Tezpur Lunatic Asylum reports 1895-1904 - 1895-1904
Year: 1895
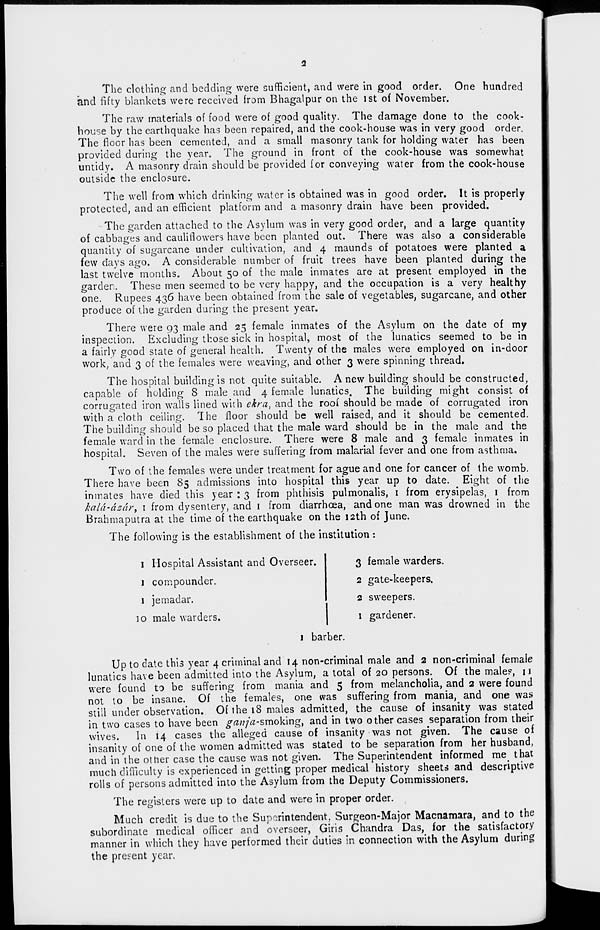
The clothing and bedding were sufficient, and were in good order. One hundred
and fifty blankets were received from Bhagaipur on the ist of November.
The raw materials of food were of good quality. The damage done to the cook-
house by the earthquake has been repaired, and the cook-house was in very good order.
The floor has been cemented, and a small masonry tank for holding water has been
provided during the year. The ground in front of the cook-house was somewhat
untidy. A masonry drain should be provided for conveying water from the cook-house
outside the enclosure.
The well from which drinking water is obtained was in good order. It is properly
protected, and an efficient platform and a masonry drain have been provided.
The garden attached to the Asylum was in very good order, and a large quantity
of cabbages and cauliflowers have been planted out. There was also a considerable
quantity of sugarcane under cultivation, and 4 maunds of potatoes were planted a
few days ago. A considerable number of fruit trees have been planted during the
last twelve months. About 50 of the male inmates are at present employed in the
garden. These men seemed to be very happy, and the occupation is a very healthy
one. Rupees 436 have been obtained from the sale of vegetables, sugarcane, and other
produce of the garden during the present year.
There were 93 male and 25 female inmates of the Asylum on the date of my
inspection. Excluding those sick in hospital, most of the lunatics seemed to be in
a fairly good state of general health. Twenty of the males were employed on in-door
work, and 3 of the females were weaving, and other 3 were spinning thread.
The hospital building is not quite suitable. A new building should be constructed,
capable of holding 8 male and 4 female lunatics. The building might consist of
corrugated iron walls lined with ckra } and the roof should be made of corrugated iron
with a cloth ceiling. The floor should be well raised, and it should be cemented.
The building should be so placed that the male ward should be in the male and the
female ward in the female enclosure. There were 8 male and 3 female inmates in
hospital. Seven of the males were suffering from malarial fever and one from asthma.
Two of the females were under treatment for ague and one for cancer of the womb.
There have been 85 admissions into hospital this year up to date. Eight of the
inmates have died this year : 3 from phthisis pulmonalis, 1 from erysipelas, 1 from
kald-dedr, 1 from dysentery, and 1 from diarrhoea, and one man was drowned in the
Brahmaputra at the time of the earthquake on the 12th of June.
The following is the establishment of the institution :
1 Hospital Assistant and Overseer.
1 compounded
1 jemadar.
io male warders.
1 barber.
3 female warders.
2 gate-keepers.
2 sweepers.
1 gardener.
Up to date this year 4 criminal and 14 non-criminal male and 2 non-criminal female
lunatics have been admitted into the Asylum, a total of 20 persons. Of the male?, U
were found to be suffering from mania and 5 from melancholia, and 2 were found
not to be insane. Of the females, one was suffering from mania, and one was
still under observation. Of the 18 males admitted, the cause of insanity was stated
in two cases to have been ^wz/Vz-smoking, and in two other cases separation from their
wives.
In 14 cases the alleged cause of insanity was not given. The cause of
insanity of one of the women admitted was stated to be separation from her husband,
and in the other case the cause was not given. The Superintendent informed me that
much difficulty is experienced in getting proper medical history sheets and descriptive
rolls of persons admitted into the Asylum from the Deputy Commissioners.
The registers were up to date and were in proper order.
Much credit is due to the Superintendent. Surgeon-Major Macnamara, and to the
subordinate medical officer and overseer, Giris Chandra Das, for the satisfactory
manner in which they have performed their duties in connection with the Asylum during
the present year.